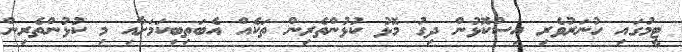
ޓީމުގައި ހުނަރުވެރި އިސްކޮޅުން ދިގު މޮޅު ކުޅުންތެރިން ތަކެއް އެބަތިބިކަމަށާއި މި ކުޅުންތެރިން